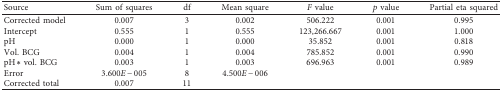
<table><thead><tr><td><b>Source</b></td><td><b>Sum of squares</b></td><td><b>df</b></td><td><b>Mean square</b></td><td><b><i>F</i> value</b></td><td><b><i>p</i> value</b></td><td><b>Partial eta squared</b></td></tr></thead><tbody><tr><td>Corrected model</td><td>0.007</td><td>3</td><td>0.002</td><td>506.222</td><td>0.001</td><td>0.995</td></tr><tr><td>Intercept</td><td>0.555</td><td>1</td><td>0.555</td><td>123,266.667</td><td>0.001</td><td>1.000</td></tr><tr><td>pH</td><td>0.000</td><td>1</td><td>0.000</td><td>35.852</td><td>0.001</td><td>0.818</td></tr><tr><td>Vol. BCG</td><td>0.004</td><td>1</td><td>0.004</td><td>785.852</td><td>0.001</td><td>0.990</td></tr><tr><td>pH ∗ vol. BCG</td><td>0.003</td><td>1</td><td>0.003</td><td>696.963</td><td>0.001</td><td>0.989</td></tr><tr><td>Error</td><td>3.600<i>E</i> − 005</td><td>8</td><td>4.500<i>E</i> − 006</td><td> </td><td> </td><td> </td></tr><tr><td>Corrected total</td><td>0.007</td><td>11</td><td> </td><td> </td><td> </td><td> </td></tr></tbody></table>